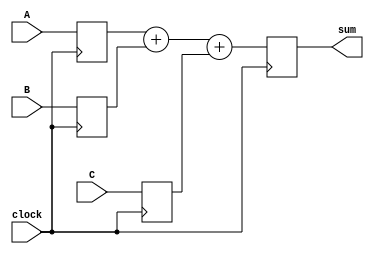
/*
This design takes 3 8 bit inputs, registers the inputs, adds the 3 values together,
and registers the sum.

synthesis keep directs the synthesis tool to not optimize away the registers
or the wires that connect them.
*/

module Lab3_Freed (clock, A, B, C, sum);
input clock;
input [7:0] A, B, C;
output [9:0] sum;

reg [7:0] reg_A, reg_B, reg_C /* synthesis keep */;
reg [9:0] reg_sum /* synthesis keep */;

always @ (posedge clock)
    begin
        reg_A <= A;
        reg_B <= B;
        reg_C <= C;
        reg_sum <= reg_A + reg_B + reg_C;
    end

assign sum = reg_sum;

endmodule